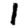
Digit: 1